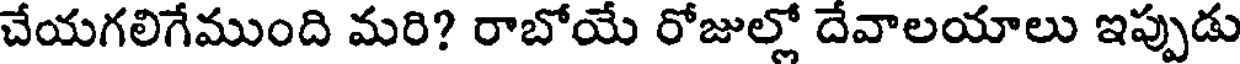
చేయగలిగేముంది మరి? రాబోయే రోజుల్లో దేవాలయాలు ఇప్పుడు